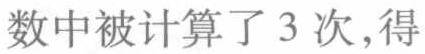
数中被计算了 3 次，得